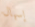
إسهال